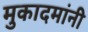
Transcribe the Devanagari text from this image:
मुकादमांनी